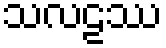
သလဠဿ